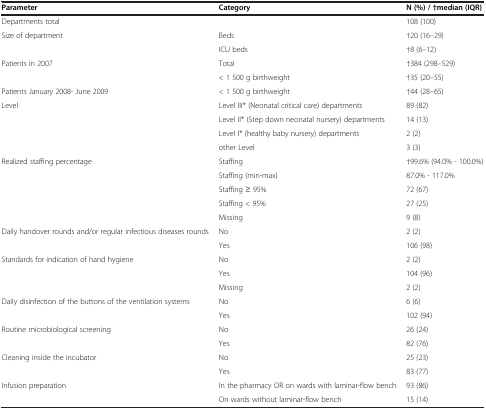
| Parameter | Category | N (%) / †median (IQR) |
 | --- | --- | --- |
 | Departments total |  | 108 (100) |
 | <ROWSPAN=2> Size of department | Beds | †20 (16–29) |
 | ICU beds | †8 (6–12) |
 | <ROWSPAN=2> Patients in 2007 | Total | †384 (298–529) |
 | < 1 500 g birthweight | †35 (20–55) |
 | Patients January 2008- June 2009 | < 1 500 g birthweight | †44 (28–65) |
 | <ROWSPAN=4> Level | Level III* (Neonatal critical care) departments | 89 (82) |
 | Level II* (Step down neonatal nursery) departments | 14 (13) |
 | Level I* (healthy baby nursery) departments | 2 (2) |
 | other Level | 3 (3) |
 | <ROWSPAN=5> Realized staffing percentage | Staffing | †99.6% (94.0% - 100.0%) |
 | Staffing (min-max) | 87.0% - 117.0% |
 | Staffing ≥ 95% | 72 (67) |
 | Staffing < 95% | 27 (25) |
 | Missing | 9 (8) |
 | <ROWSPAN=2> Daily handover rounds and/or regular infectious diseases rounds | No | 2 (2) |
 | Yes | 106 (98) |
 | <ROWSPAN=3> Standards for indication of hand hygiene | No | 2 (2) |
 | Yes | 104 (96) |
 | Missing | 2 (2) |
 | <ROWSPAN=2> Daily disinfection of the buttons of the ventilation systems | No | 6 (6) |
 | Yes | 102 (94) |
 | <ROWSPAN=2> Routine microbiological screening | No | 26 (24) |
 | Yes | 82 (76) |
 | <ROWSPAN=2> Cleaning inside the incubator | No | 25 (23) |
 | Yes | 83 (77) |
 | <ROWSPAN=2> Infusion preparation | In the pharmacy OR on wards with laminar-flow bench | 93 (86) |
 | On wards without laminar-flow bench | 15 (14) |